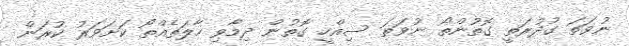
ނުވަތަ ގުދުރަތީ ގޮތުންތޯ ނުވަތަ ސިއްހީ ގޮތުން ދިމާވި ހާލަތެއްތޯ ކަށަވަރު ކުރަން